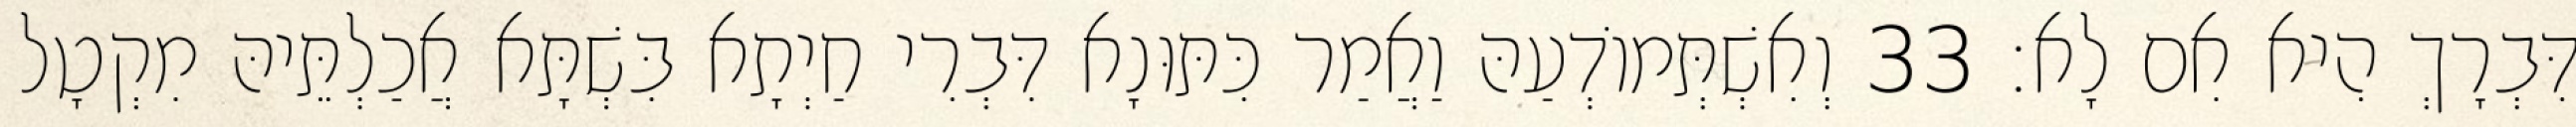
דִּבְרָךְ הִיא אִם לָא׃ 33 וְאִשְׁתְּמוֹדְעַהּ וַאֲמַר כִּתּוּנָא דִּבְרִי חַיְתָא בִּשְׁתָּא אֲכַלְתֵּיהּ מִקְטָל